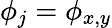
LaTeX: \phi_{j}=\phi_{x,y}